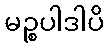
မဉ္စပါဒါပိ